Oriental or Dehli sore - Number 13
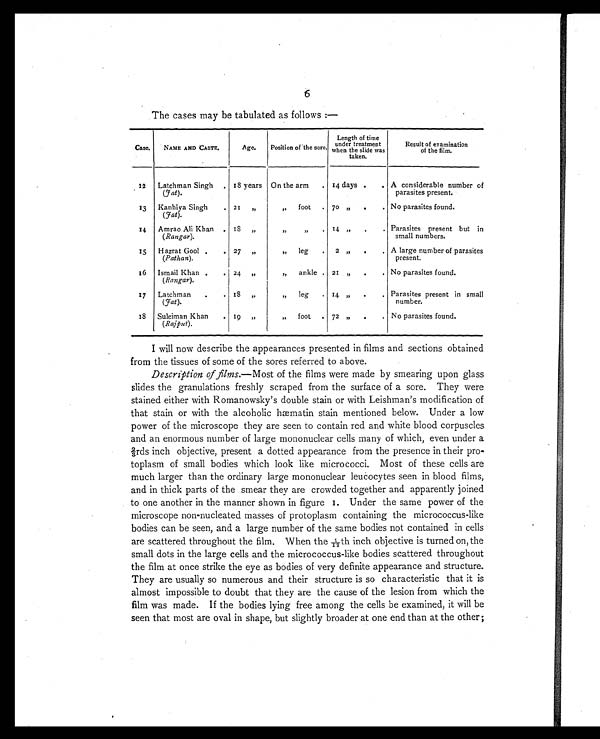
6
The cases may be tabulated as follows :—
Case.
NAME AND CASTE.
Age.
Position of the sore.
Length of time
under t r eat ment when t he sl i de was t aken.
Result of examination
of the film.
12
Latchman Singh
(fat).
. 18 years On the arm . 14 days .
. A considerable number of
parasites present.
13
Kanhiya Singh
(fat).
. 21
„
„
foot
. 70 „
.
. No parasites found.
14
Amrao Ali Khan
(Rangar).
. 18
,,
,,
,,
. 14 ,,
.
. Parasites present but in
small numbers.
15
Hazrat Gool .
(Pathan).
. 27 „
,,
leg
.
2 „
.
. A large number of parasites
present.
16
Ismail Khan .
(Rangar).
. 24 ,,
,,
ankle . 21 „
.
. No parasites found.
17
Latchman
.
(fat).
. 18
„
„
leg . 14 „
.
. Parasites present in small
number.
1 8
Suleiman Khan
(Rajput).
. 19 „
„
foot
. 72 „
.
. No parasites found.
I will now describe the appearances presented in films and sections obtained
from the tissues of some of the sores referred to above.
Description of films.—Most of the films were made by smearing upon glass
slides the granulations freshly scraped from the surface of a sore. They were
stained either with Romanowsky's double stain or with Leishman's modification of
that stain or with the alcoholic hæmatin stain mentioned below. Under a low
power of the microscope they are seen to contain red and white blood corpuscles
and an enormous number of large mononuclear cells many of which, even under a
2/3rds inch objective, present a dotted appearance from the presence in their pro-
toplasm of small bodies which look like micrococci. Most of these cells are
much larger than the ordinary large mononuclear leucocytes seen in blood films,
and in thick parts of the smear they are crowded together and apparently joined
to one another in the manner shown in figure 1. Under the same power of the
microscope non-nucleated masses of protoplasm containing the micrococcus-like
bodies can be seen, and a large number of the same bodies not contained in cells
are scattered throughout the film. When the 1/12th inch objective is turned on, the
small dots in the large cells and the micrococcus-like bodies scattered throughout
the film at once strike the eye as bodies of very definite appearance and structure.
They are usually so numerous and their structure is so characteristic that it is
almost impossible to doubt that they are the cause of the lesion from which the
film was made. If the bodies lying free among the cells be examined, it will be
seen that most are oval in shape, but slightly broader at one end than at the other ;